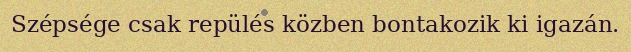
Szépsége csak repülés közben bontakozik ki igazán.